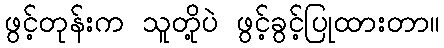
ဖွင့်တုန်းက သူတို့ပဲ ဖွင့်ခွင့်ပြုထားတာ။